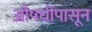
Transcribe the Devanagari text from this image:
औषधींपासून